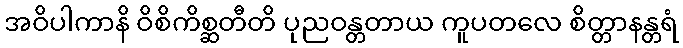
အဝိပါကာနိ ဝိစိကိစ္ဆတီတိ ပုညဝန္တတာယ ကူပတလေ စိတ္တာနန္တရံ